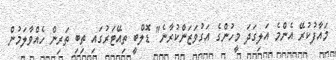
މައާފުކުރޭ އެންމެ އަލިގަދަ މީހުންގެ އަގުވަޒަންކުރާނެ" ޑޮލްބީ ތިއޭޓަރުގައި ތިބި ތަރިން ހެއްވާލަމުން